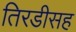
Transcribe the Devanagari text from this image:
तिरडीसह